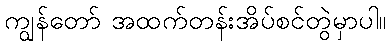
ကျွန်တော် အထက်တန်းအိပ်စင်တွဲမှာပါ။